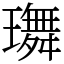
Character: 𤪕